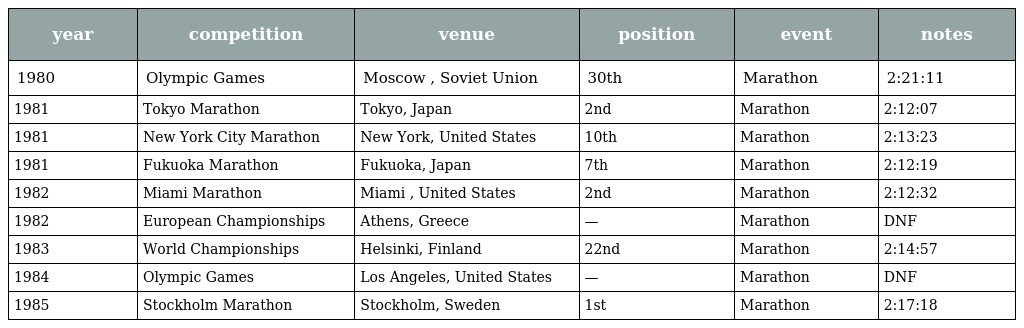
| year | competition | venue | position | event | notes |
 | --- | --- | --- | --- | --- | --- |
 | 1980 | Olympic Games | Moscow , Soviet Union | 30th | Marathon | 2:21:11 |
 | 1981 | Tokyo Marathon | Tokyo, Japan | 2nd | Marathon | 2:12:07 |
 | 1981 | New York City Marathon | New York, United States | 10th | Marathon | 2:13:23 |
 | 1981 | Fukuoka Marathon | Fukuoka, Japan | 7th | Marathon | 2:12:19 |
 | 1982 | Miami Marathon | Miami , United States | 2nd | Marathon | 2:12:32 |
 | 1982 | European Championships | Athens, Greece | — | Marathon | DNF |
 | 1983 | World Championships | Helsinki, Finland | 22nd | Marathon | 2:14:57 |
 | 1984 | Olympic Games | Los Angeles, United States | — | Marathon | DNF |
 | 1985 | Stockholm Marathon | Stockholm, Sweden | 1st | Marathon | 2:17:18 |